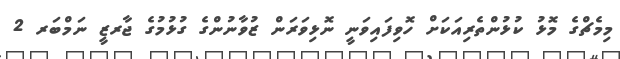
މިމެޗްގެ މޮޅު ކުޅުންތެރިއަކަށް ހޮވިފައިވަނީ ނޮޅިވަރަން ޒުވާނުންގެ ގުޅުމުގެ ޖާރޒީ ނަމްބަރ 2